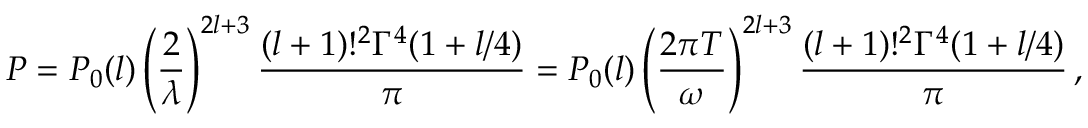
P = P _ { 0 } ( l ) \left( \frac { 2 } { \lambda } \right) ^ { 2 l + 3 } \frac { ( l + 1 ) ! ^ { 2 } \Gamma ^ { 4 } ( 1 + l / 4 ) } { \pi } = P _ { 0 } ( l ) \left( \frac { 2 \pi T } { \omega } \right) ^ { 2 l + 3 } \frac { ( l + 1 ) ! ^ { 2 } \Gamma ^ { 4 } ( 1 + l / 4 ) } { \pi } \, ,